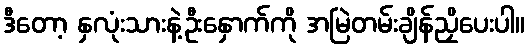
ဒီတော့ နှလုံးသားနဲ့ဦးနှောက်ကို အမြဲတမ်းချိန်ညှိပေးပါ။